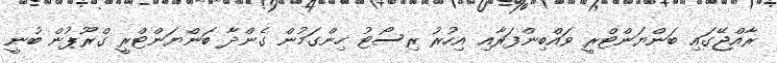
ރާއްޖޭގައި ބަންޔަންޓްރީ ވައްބިންފަރާއި އިހުރު ރިސޯޓު ހިންގަމުން ގެންދާ ބަންޔަންޓްރީ ގްރޫޕުން ބުނީ